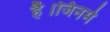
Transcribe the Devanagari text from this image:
है।जिनमे